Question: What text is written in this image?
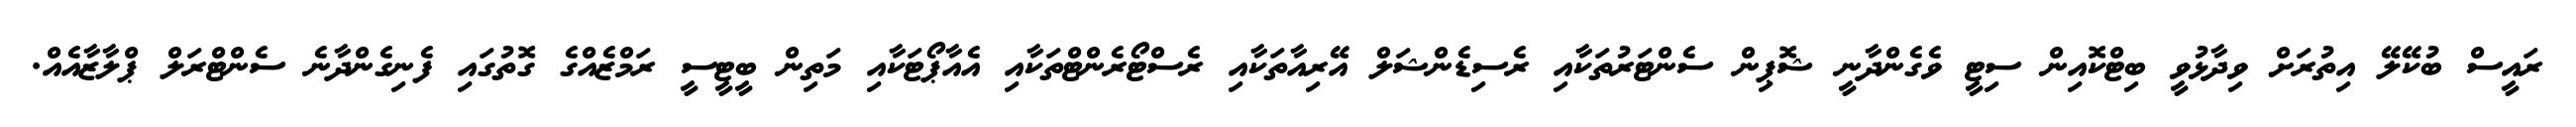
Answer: ރައީސް ބުކޭލޭ އިތުރަށް ވިދާޅުވީ ބިޓްކޮއިން ސިޓީ ވެގެންދާނީ ޝޮޕިން ސެންޓަރުތަކާއި ރެސިޑެންޝަލް އޭރިއާތަކާއި ރެސްޓޯރެންޓްތަކާއި އެއާޕޯޓަކާއި މަތިން ބީޓީސީ ރަމްޒެއްގެ ގޮތުގައި ފެނިގެންދާނެ ސެންޓްރަލް ޕްލާޒާއެއް.